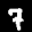
Label: 7